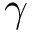
\gamma